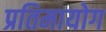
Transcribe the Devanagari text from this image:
प्रतिमायोग